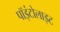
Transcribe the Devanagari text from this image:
पॉइंटोलाइट